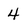
Character: 4